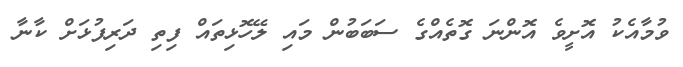
ވުމާއެކު އޮށީވެ އޮންނަ ގޮތެއްގެ ސަބަބުން މައި ލޭހޮޅިތައް ފިތި ދަރިފުޅަށް ކާނާ